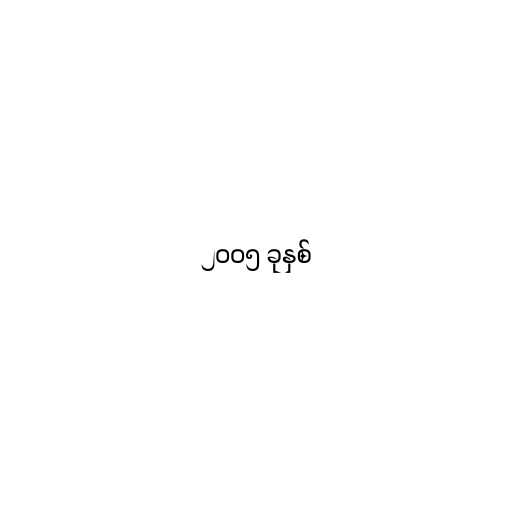
၂၀၀၅ ခုနှစ်